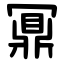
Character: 鼏